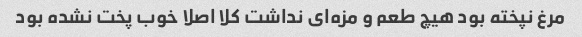
مرغ نپخته بود هیچ طعم و مزه‌ای نداشت کلا اصلا خوب پخت نشده بود